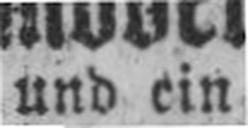
und ein